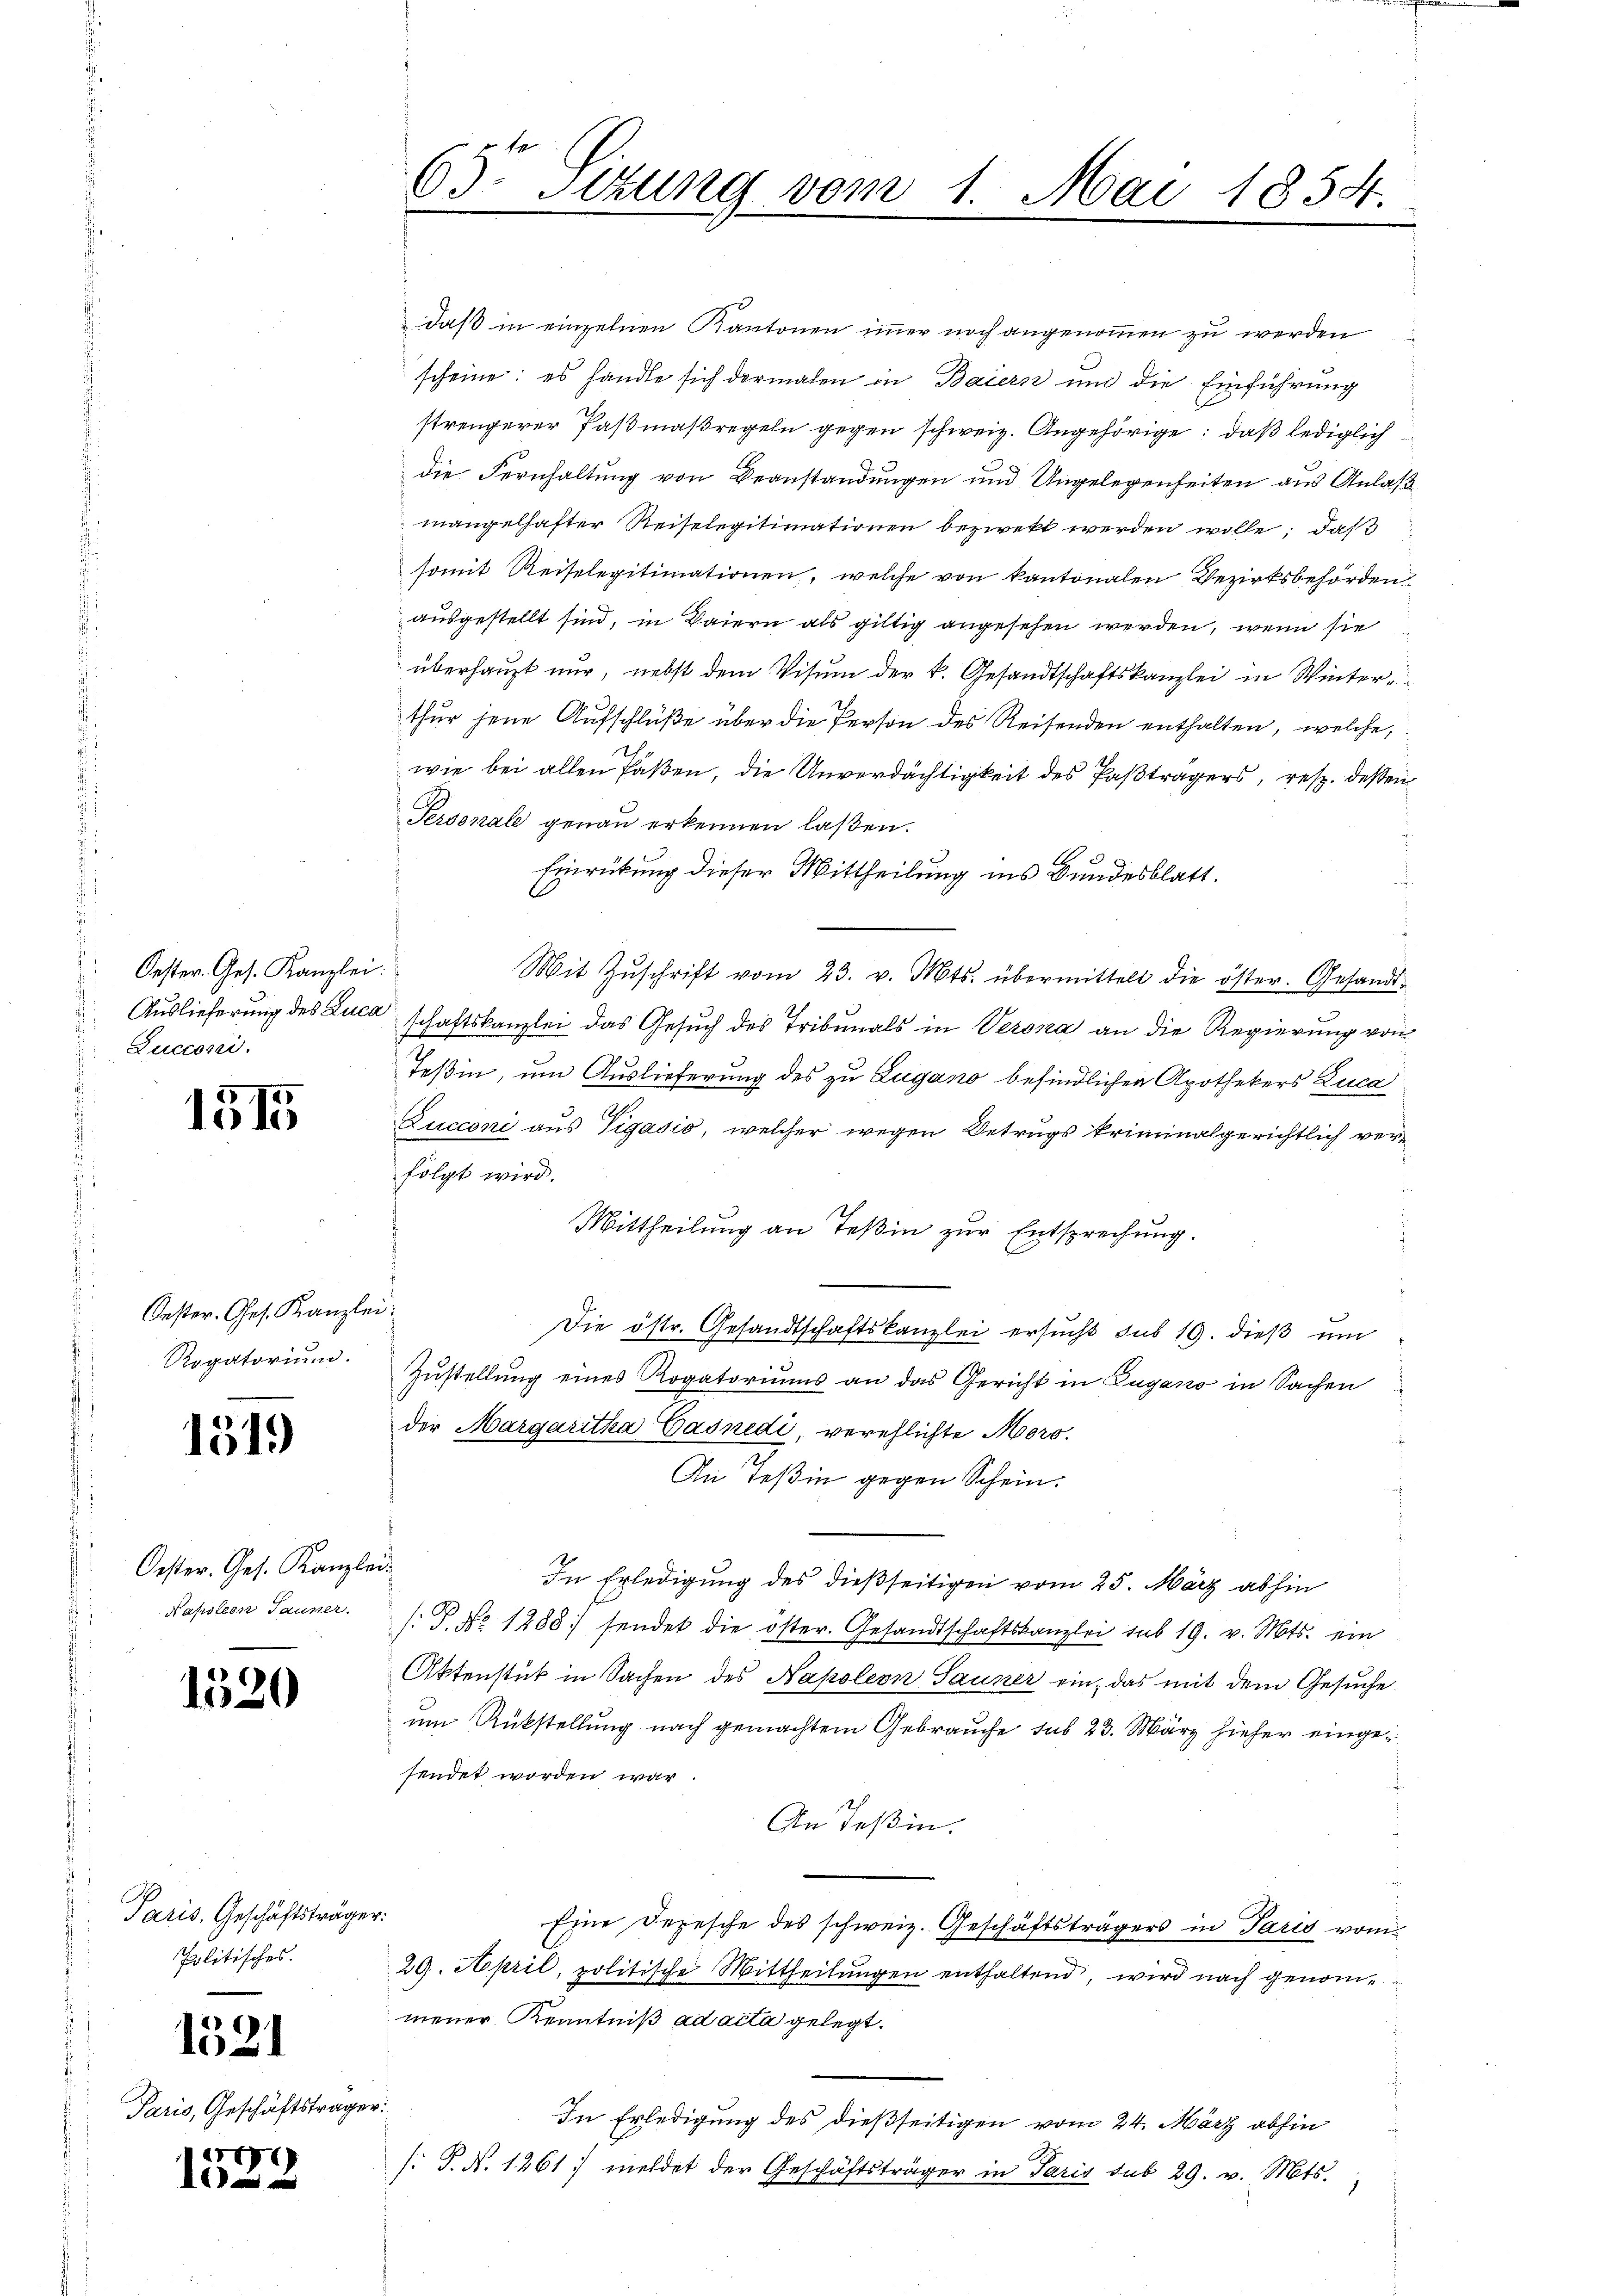
Oester. Ges. Kanzlei.
Zucconi.

1515

Oester. Ges. Kanzlei:
Rogatorium.

1519

Oester. Ges. Kanzlei.
Napoleon Tauser.

1520

Paris, Geschäftsträger.
Politisches.

1521

Paris, Geschäftsträger:

1
1

daß in einzelnen Kantonen immer noch angenommen zu werden
scheine; es handle sich dermalen in Baiern und die Einführung
strengerer Pasmaßregeln gegen schweiz. Angehörige; daß lediglich
die Fernhaltung von Beanstandungen und Ungelegenheiten aus Anlaß
mangelhafter Reiselegitimationen bezirekt werden wolle; daß
somit Reiselegitimationen, welche von kantonalen Bezirksbehörden
ausgestellt sind, in Baiern als giltig angesehen werden, wenn sie
überhaupt nur, nebst dem Visum der k. Gesandtschaftskanzlei in Winterthur jene Aufschlüße über die Person des Reisenden enthalten, welche
wie bei allen Paßen, die Unverdächtigkeit des Paßträgers, resp. dessen
Personale genau erkennen laßen.
Einrückung dieser Mittheilung ins Bundesblatt.
Mit Zŭschrift vom 23. v. Mts. übermittelt die öster. Gesandt-
Auslieferung des Luca schaftskanzlei das Gesuch des Tribunals in Verona an die Regierung von
Teßin, um Auslieferung des zu Zugano befindlichen Apothekers Luca
Zucconi aus Tigasio, welcher wegen Betrugs kriminalgerichtlich verfolgt wird.
2
Mittheilung an Teßin zur Entsprechung.
Die östr. Gesandtschaftskanzlei ersucht sub 19. dieß um
Zustellung eines Rogatoriums an das Gericht in Zugano in Sachen
der Margaritha Vasnedi, verehlichte Moro¬
An Teßin gegen Schein.
In Erledigung des dießseitigen vom 25. März abhin
.P. No 1288. sendet die öster. Gesandtschaftskanzlei sub 19. v. Mts. ein
Aktenstück in Sachen des Napoleon Sauser ein, das mit dem Gesuche
um Rükstellung nach gemachtem Gebrauche sub 23. März hieher eingesendet worden war.
An Teßin.
Eine Depesche des schweiz. Geschäftsträgers in Paris vom
29. April, politische Mittheilungen enthaltend, wird nach genommener Kenntniß ad acta gelegt.
In Erledigung des dießseitigen vom 24. März abhin
s: P. N. 1261) meldet der Geschäftsträger in Paris sub 29. v. Mts.

63o Sitzung vom 1. Mai 1854.